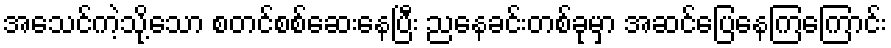
အေသင်ကဲ့သို့သော စတင်စစ်ဆေးနေပြီး ညနေခင်းတစ်ခုမှာ အဆင်ပြေနေကြကြောင်း